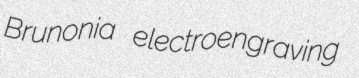
Brunonia electroengraving